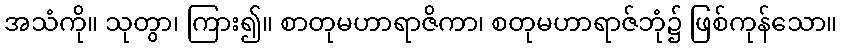
အသံကို။ သုတွာ၊ ကြား၍။ စာတုမဟာရာဇိကာ၊ စတုမဟာရာဇ်ဘုံ၌ ဖြစ်ကုန်သော။